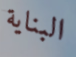
البناية